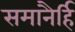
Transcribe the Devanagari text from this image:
समानैर्हि